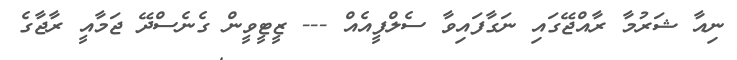
ނިއާ ޝަރުމާ ރާއްޖޭގައި ނަގާފައިވާ ސެލްފީއެއް --- ޒީޓީވީން ގެނެސްދޭ ޖަމާއީ ރާޖާގެ